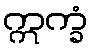
ဣက္ခံ